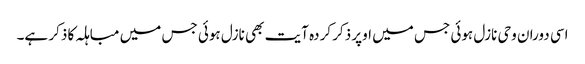
اسی دوران وحی نازل ہوئی جس میں اوپر ذکر کردہ آیت بھی نازل ہوئی جس میں مباہلہ کا ذکر ہے۔